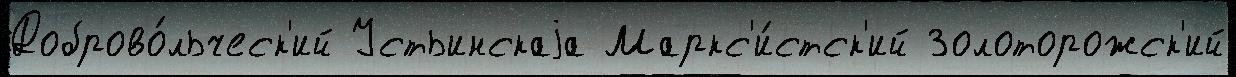
Доброво́льческ'ий Устьинскаjа Маркс'и́стск'ий Золоторожск'ий